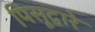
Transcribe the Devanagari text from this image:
पिसूद्वारे